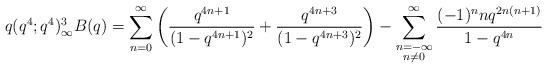
LaTeX: \begin{align*}q(q^4;q^4)^3_\infty B(q)= \sum_{n=0}^\infty \left(\frac{q^{4n+1}}{(1-q^{4n+1})^2}+\frac{q^{4n+3}}{(1-q^{4n+3})^2}\right)-\sum_{\substack{n=-\infty \\ n\neq0}}^\infty\frac{(-1)^nnq^{2n(n+1)}}{1-q^{4n}}\end{align*}